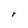
Character: r